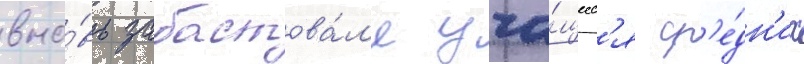
вно́вь забастова́л'и уча́щиес'я ср'е́дн'их